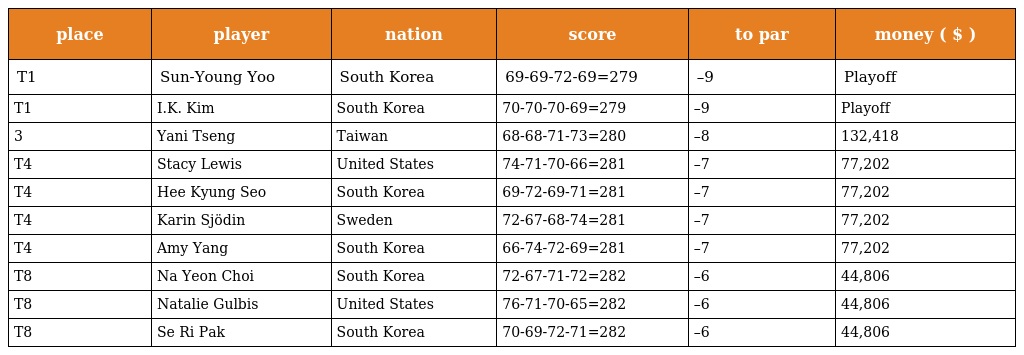
| place | player | nation | score | to par | money ( $ ) |
 | --- | --- | --- | --- | --- | --- |
 | T1 | Sun-Young Yoo | South Korea | 69-69-72-69=279 | –9 | Playoff |
 | T1 | I.K. Kim | South Korea | 70-70-70-69=279 | –9 | Playoff |
 | 3 | Yani Tseng | Taiwan | 68-68-71-73=280 | –8 | 132,418 |
 | T4 | Stacy Lewis | United States | 74-71-70-66=281 | –7 | 77,202 |
 | T4 | Hee Kyung Seo | South Korea | 69-72-69-71=281 | –7 | 77,202 |
 | T4 | Karin Sjödin | Sweden | 72-67-68-74=281 | –7 | 77,202 |
 | T4 | Amy Yang | South Korea | 66-74-72-69=281 | –7 | 77,202 |
 | T8 | Na Yeon Choi | South Korea | 72-67-71-72=282 | –6 | 44,806 |
 | T8 | Natalie Gulbis | United States | 76-71-70-65=282 | –6 | 44,806 |
 | T8 | Se Ri Pak | South Korea | 70-69-72-71=282 | –6 | 44,806 |